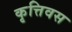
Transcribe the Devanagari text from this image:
कृत्तिवस